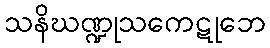
သနိဃဏ္ဍုသကေဋုဘေ